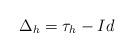
LaTeX: \begin{align*}\Delta_h = {\tau_{h} - Id}\end{align*}